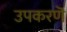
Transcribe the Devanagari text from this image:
उपकरणॆ